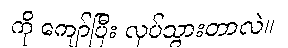
ကို ကျော်ပြီး လုပ်သွားတာလဲ။